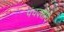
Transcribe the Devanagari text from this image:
पंचदशीचे